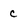
Character: c